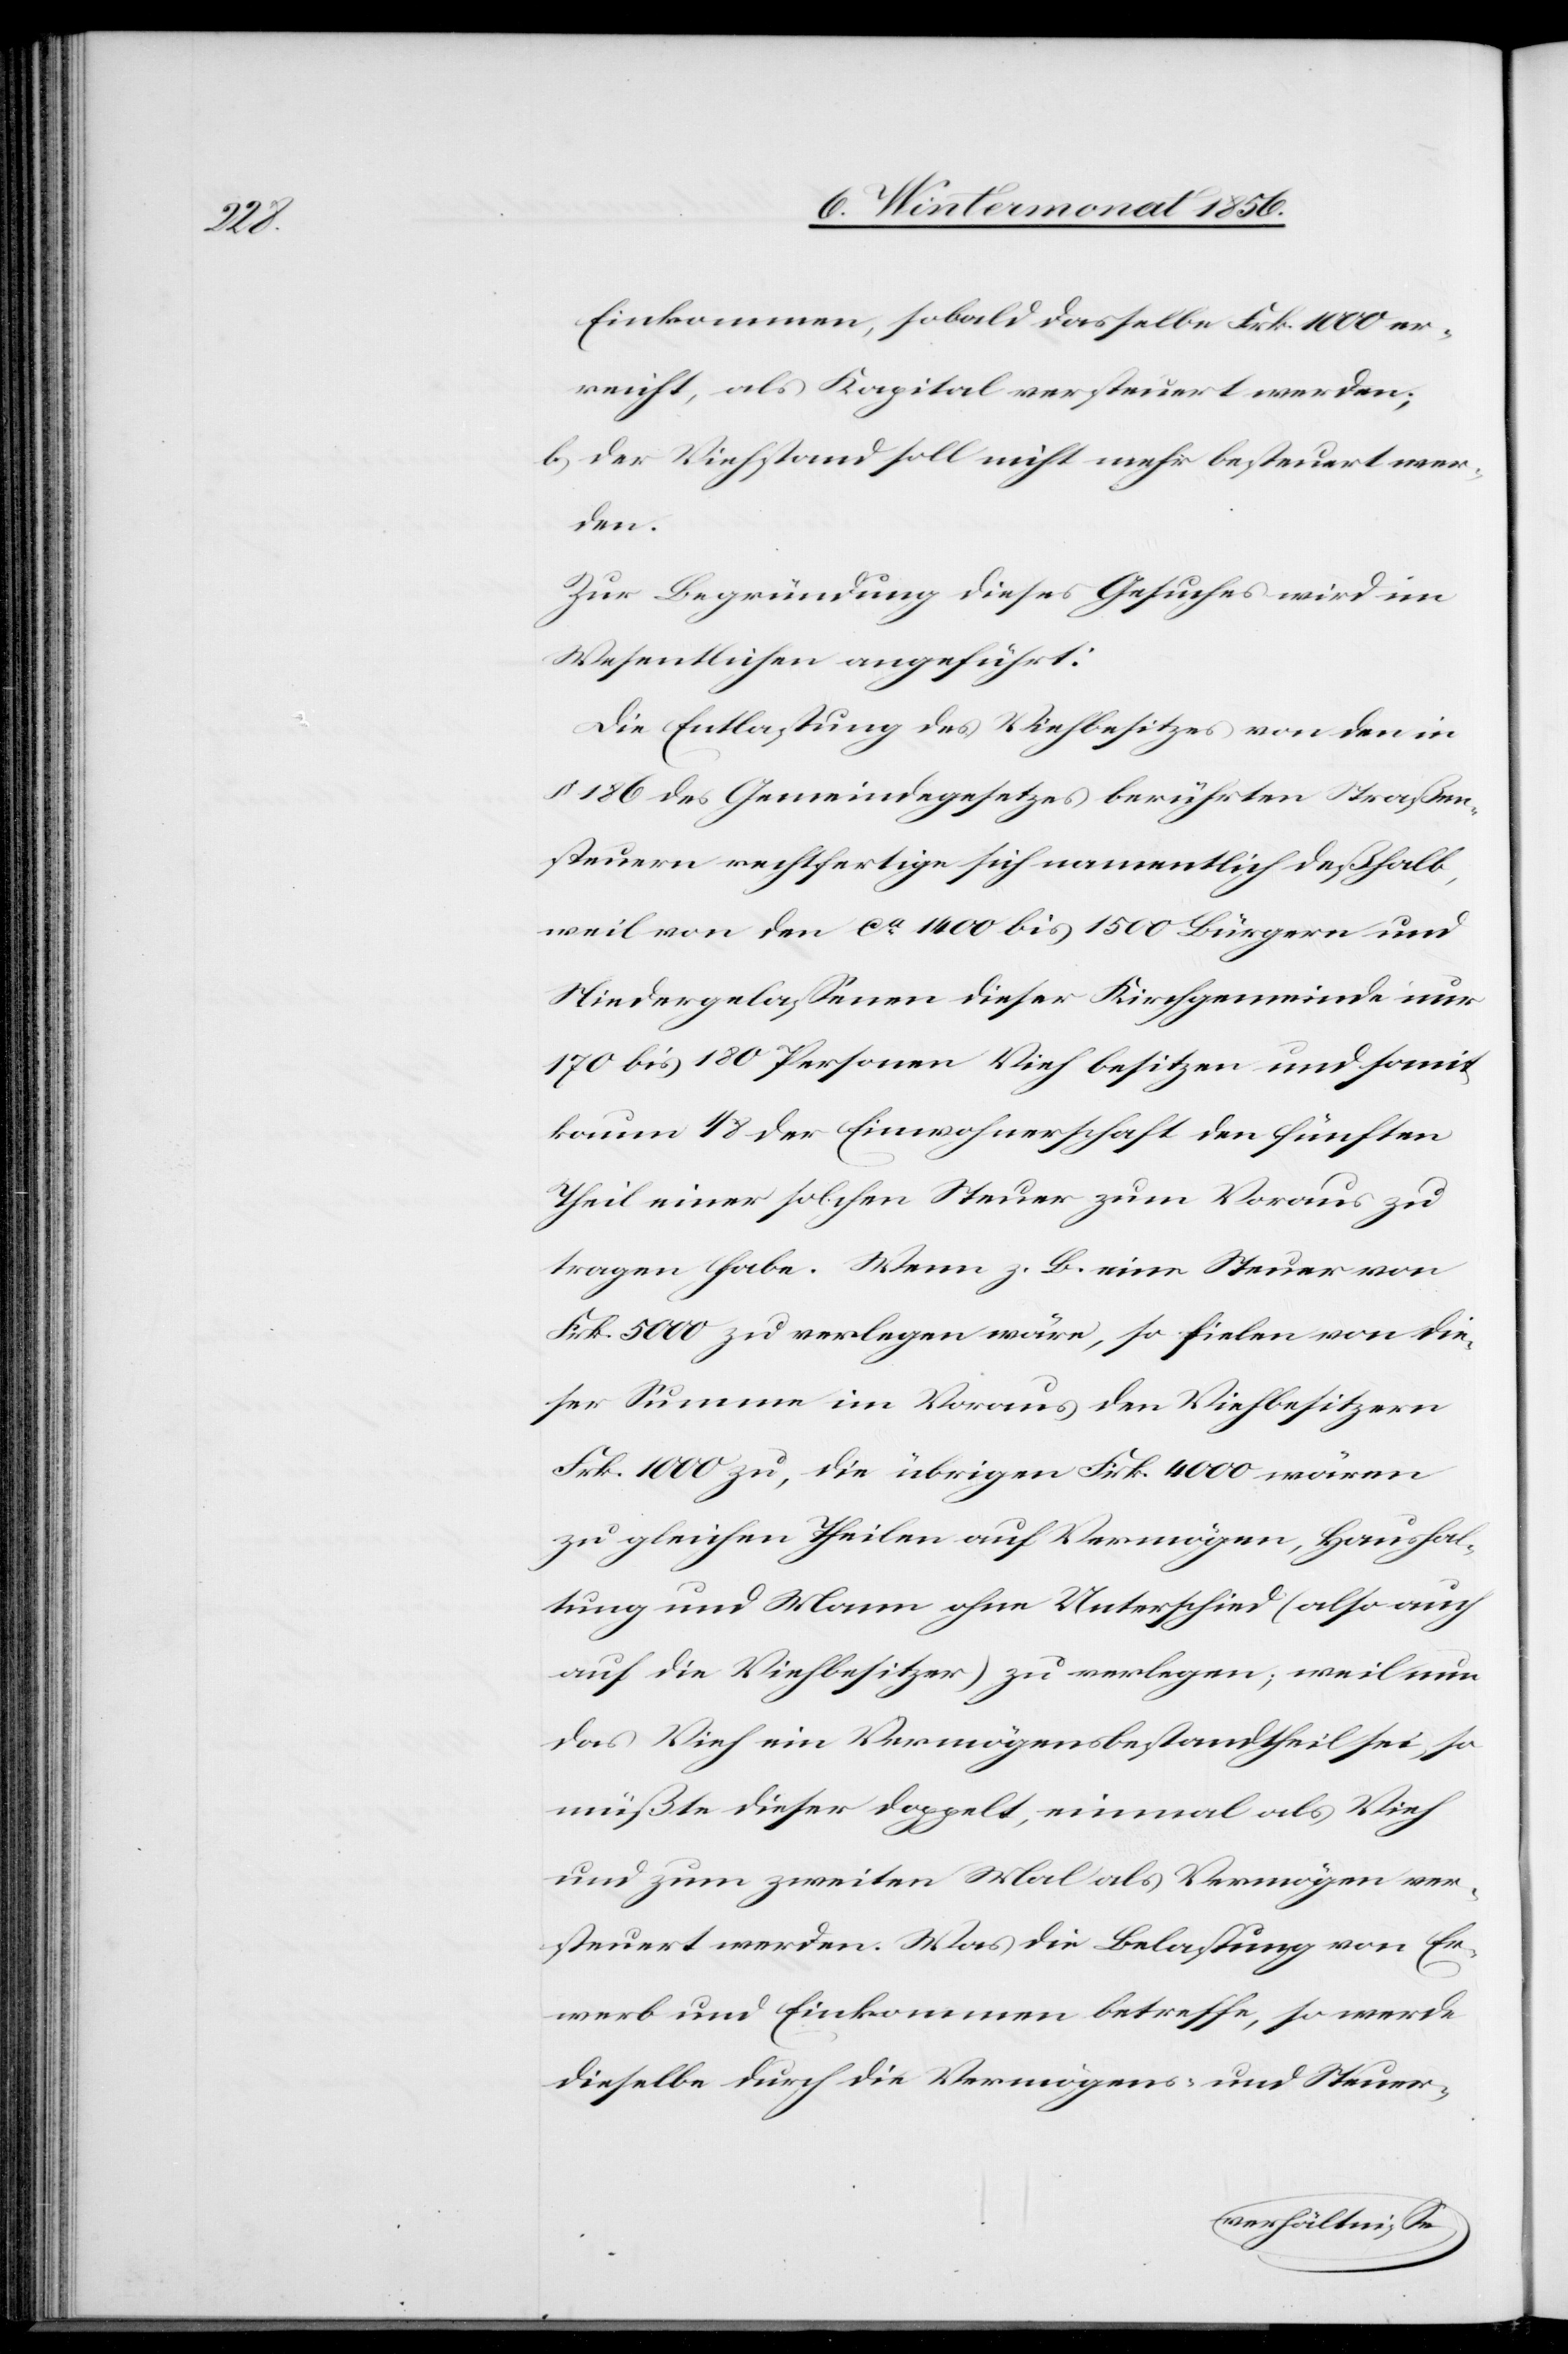
Einkommen, sobald dasselbe Frk. 1000 er¬
reicht, als Kapital versteuert werden;
b) der Viehstand soll nicht mehr besteuert wer¬
den.
Zur Begründung dieses Gesuches wird im
Wesentlichen angeführt:
Die Entlastung des Viehbesitzes von den in
§ 186 des Gemeindegesetzes berührten Straßen¬
steuern rechtfertige sich namentlich deßhalb,
weil von den ca 1400 bis 1500 Bürger und
Niedergelassenen dieser Kirchgemeinde nur
170 bis 180 Personen Vieh besitzen und somit
kaum 1/8 der Einwohnerschaft den fünften
Theil einer solchen Steuer zum Voraus zu
tragen habe. Wenn z. B. eine Steuer von
Frk. 5000 zu verlegen wäre, so fielen von die¬
ser Summe im Voraus den Viehbesitzern
Frk. 1000 zu, die übrigen Frk. 4000 wären
zu gleichen Theilen auf Vermögen, Haushal¬
tung und Mann ohne Unterschied (also auch
auf die Viehbesitzer) zu verlegen; weil nun
das Vieh ein Vermögensbestandtheil sei, so
müßte dieser doppelt, einmal als Vieh
und zum zweiten Mal als Vermögen ver¬
steuert werden. Was die Belastung von Er¬
werb und Einkommen betreffe, so werde
dieselbe durch Vermögens- und Steuer-